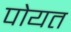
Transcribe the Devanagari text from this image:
पोयत